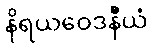
နိရယဝေဒနီယံ